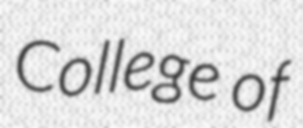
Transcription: College of